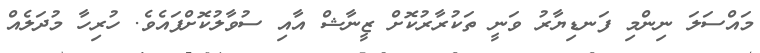
މައްސަލަ ނިންމި ފަނޑިޔާރު ވަނީ ތަކުރާރުކޮށް ޒީނާޝް އާއި ސުވާލުކޮށްފައެވެ. ހުރިހާ މުދަލެއް